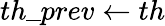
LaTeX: th\_ prev\leftarrow th